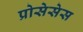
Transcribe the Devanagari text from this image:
प्रोसेसेस